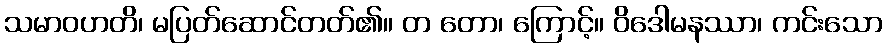
သမာဝဟတိ၊ မပြတ်ဆောင်တတ်၏။ တ တော၊ ကြောင့်။ ဝိဒေါမနဿာ၊ ကင်းသော